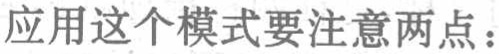
应用这个模式要注意两点：